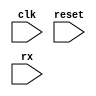
`ifndef __USART_RX_V__
`define __USART_RX_V__

module USART_Rx # (
	parameter CLOCKS_PER_BIT = 868, // CLOCKS_PER_BIT = Clock(Hz) / Baud Rate = 100000000 / 115200 = 868
	parameter CLOCKS_WAIT_FOR_RECEIVE = 434,
	parameter MAX_DATA_BUFFER_INDEX = 15
	)   (
	input wire clk,
	input wire reset,
	input wire rx
	);

	reg [11:0] clk_count;
	reg [3:0] bit_count;
	reg [7:0] data;
	reg [3:0] data_buffer_base;
	reg [7:0] data_buffer[0:MAX_DATA_BUFFER_INDEX]; // data buffer
	reg state;

	// Receiver Processs
	// at every rising edge of the clock
	always @ (posedge clk)
	begin
		if (reset == 1)
		begin
			clk_count = 0;
			bit_count = 0;
			data_buffer_base = 0; // base index
			state = 0;
		end
		else
		begin
			// if not receive mode and start bit is detected
			if (state == 0 && rx == 0)
			begin
				state = 1; // enter receive mode
				bit_count = 0;
				clk_count = 0;
			end
			// if receive mode
			else if (state == 1)
			begin
				if (bit_count == 0 && clk_count == CLOCKS_WAIT_FOR_RECEIVE)
				begin
					bit_count = 1;
					clk_count = 0;
				end
				else if (bit_count < 9 && clk_count == CLOCKS_PER_BIT)
				begin
					data[bit_count-1] = rx;
					bit_count = bit_count + 1;
					clk_count = 0;
				end
				// stop receiving
				else if (bit_count == 9 && clk_count == CLOCKS_PER_BIT && rx == 1)
				begin
					state = 0;
					clk_count = 0;
					bit_count = 0;

					// transmit the received data back to the host PC.
					data_buffer[data_buffer_base] = data;
					data_buffer_base = data_buffer_base + 1; // if the index exceeds its maximum, it becomes 0.
				end
				// if stop bit is not received, clear the received data
				else if (bit_count == 9 && clk_count == CLOCKS_PER_BIT && rx != 1)
				begin
					state = 0;
					clk_count = 0;
					bit_count = 0;
					data = 8'b00000000; // invalidate
				end

				clk_count = clk_count + 1;
			end
		end
	end

endmodule

`endif /*__USART_RX_V__*/